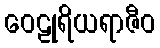
ဝေဠုရိယရာဇီဝ